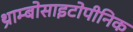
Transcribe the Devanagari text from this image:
थ्राम्बोसाइटोपीनिक